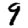
Digit: 9